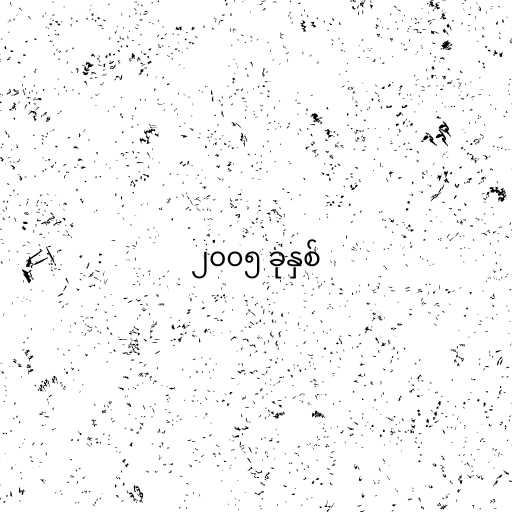
၂၀၀၅ ခုနှစ်